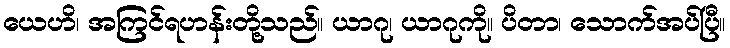
ယေဟိ၊ အကြင်ရဟန်းတို့သည်။ ယာဂု၊ ယာဂုကို။ ပိတာ၊ သောက်အပ်ပြီ။